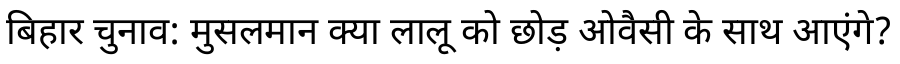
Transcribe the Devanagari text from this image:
बिहार चुनाव: मुसलमान क्या लालू को छोड़ ओवैसी के साथ आएंगे?